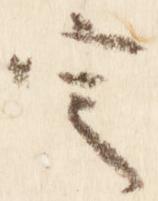
定